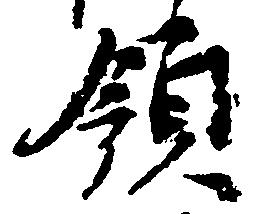
領